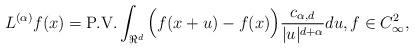
LaTeX: \begin{align*}L^{(\alpha)}f(x)= \hbox{P.V.} \int_{\Re^d}\Big(f(x+u)-f(x)\Big)\frac{c_{\alpha,d}}{|u|^{d+\alpha}}du, f\in C_\infty^2,\end{align*}